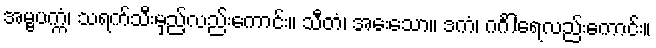
အမ္ဗပက္ကံ၊ သရက်သီးမှည့်လည်းကောင်း။ သီတံ၊ အေးသော။ ဒကံ၊ ဂင်္ဂါရေလည်းကောင်း။